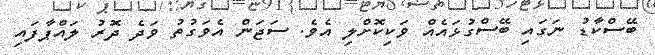
ބޭސްކާޑު ނަގައި ބޭސްގުޅައެއް ވަކިކޮށްލި އެވެ. ސަޖަން އެވަގުތު ވަދެ ދޮރު ލައްޕާފައި